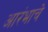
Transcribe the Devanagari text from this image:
आरंभाचे